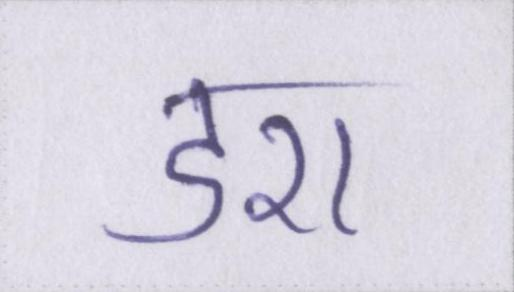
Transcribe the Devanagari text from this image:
डरा